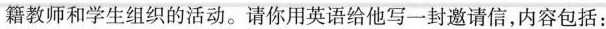
籍教师和学生组织的活动。请你用英语给他写一封邀请信，内容包括：